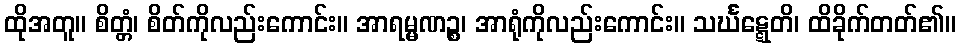
ထိုအတူ။ စိတ္တံ၊ စိတ်ကိုလည်းကောင်း။ အာရမ္မဏဉ္စ၊ အာရုံကိုလည်းကောင်း။ သင်္ဃဋ္ဋေတိ၊ ထိခိုက်တတ်၏။